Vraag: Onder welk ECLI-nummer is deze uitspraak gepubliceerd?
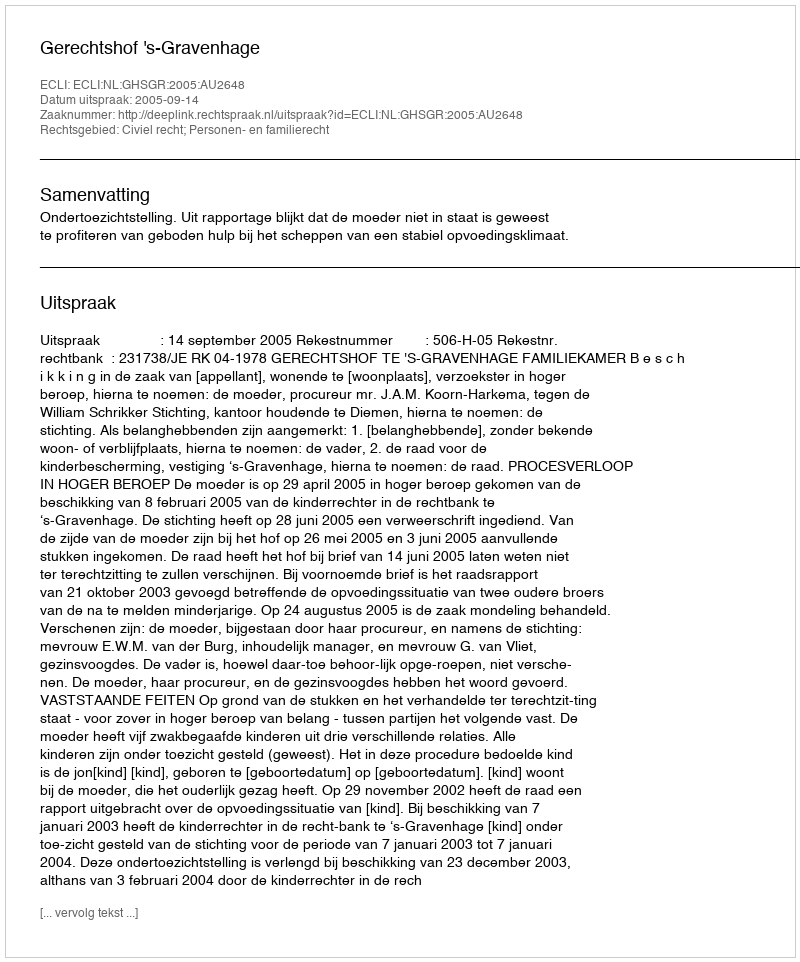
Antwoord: ECLI:NL:GHSGR:2005:AU2648